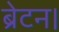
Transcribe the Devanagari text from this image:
ब्रेटन।